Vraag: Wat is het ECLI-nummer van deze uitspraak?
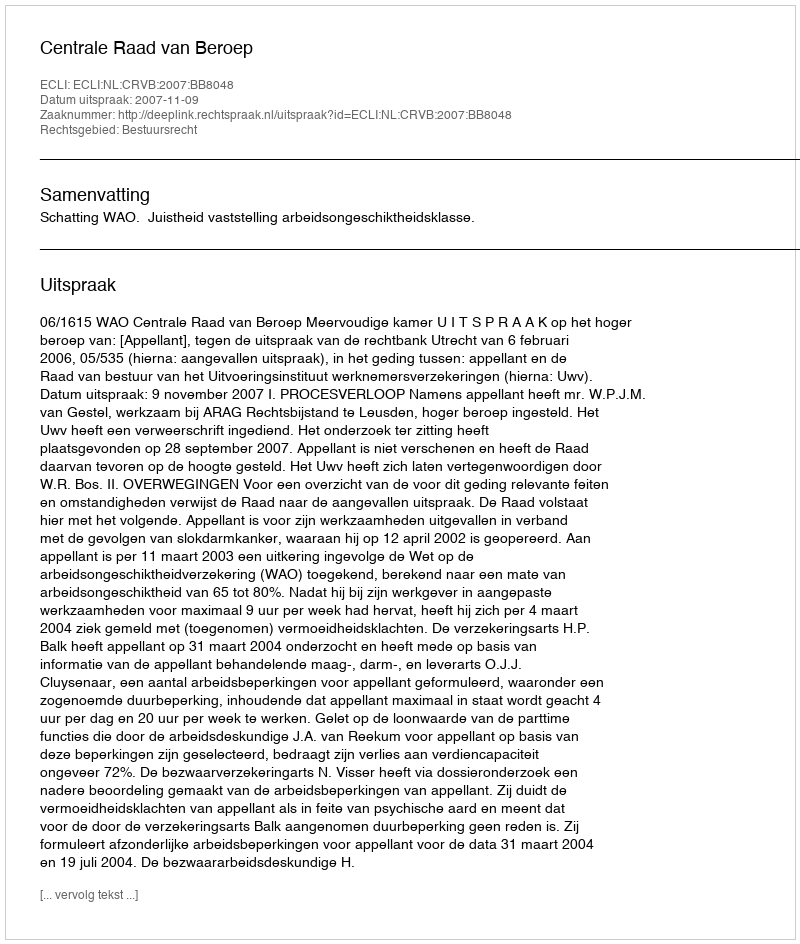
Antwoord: ECLI:NL:CRVB:2007:BB8048